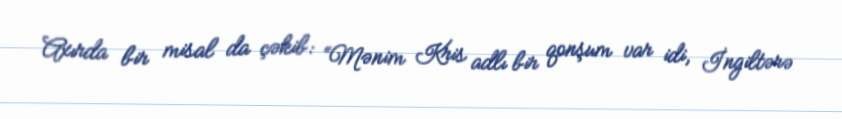
Axırda bir misal da çəkib: “Mənim Kris adlı bir qonşum var idi, İngiltərə